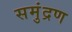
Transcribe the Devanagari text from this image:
समुंद्रण